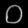
Digit: ၀